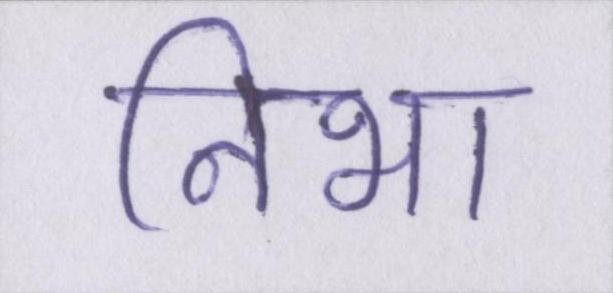
निभा